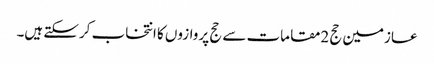
عازمین حج 2مقامات سے حج پروازوں کا انتخاب کرسکتے ہیں۔